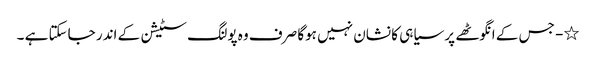
٭- جس کے انگوٹھے پر سیاہی کا نشان نہیں ہوگا صرف وہ پولنگ سٹیشن کے اندر جاسکتا ہے ۔